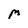
Character: M